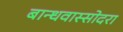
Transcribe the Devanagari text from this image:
बान्धवास्सोदरा